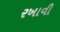
રખાવી